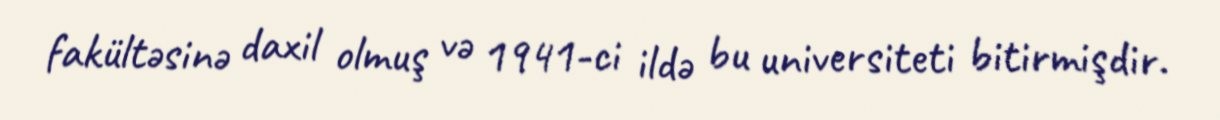
fakültəsinə daxil olmuş və 1941-ci ildə bu universiteti bitirmişdir.